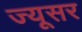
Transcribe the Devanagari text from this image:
ज्यूसर